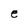
Character: e